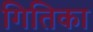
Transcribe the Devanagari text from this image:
गितिका